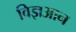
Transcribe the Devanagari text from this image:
विज्ञआन